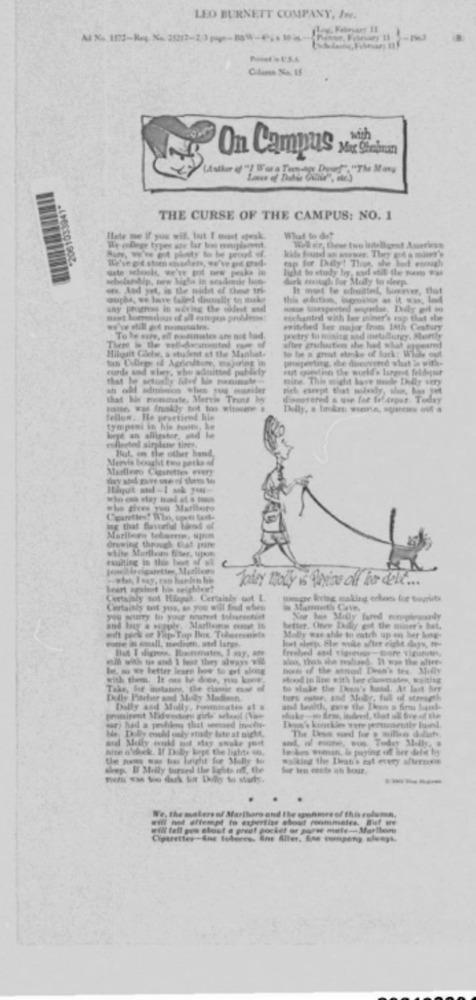
LEO BURNETT COMPANY, IN.
with
Mar Shmalman
On Campus
THE CURSE OF THE CAMPUS: NO. 1
Hate me if you wil. but I maet spesk
What to do?
We ebeer types ate lar too emniplacent.
Muy, we'w pit platy to be proud sf.
kide found an sower. They got s miner's
tap for Daily! Thus, she had enough
like to study by, sod stil the nom Py
durk mnouch for Molly to sleep.
en. And yet, is the nidit of these tri-
It met te edmittel, however, flat
wupha, we love faled dinsalir to make
any progress in wiring the oldest sud
etchantre with bee giner's rap that .l
switched ler major fries Ioth Century
To be sury, off roommates ate not bad.
poetry to mining and metallurgy. Fordy
Hilquit Canbe, a student at the Manhat-
after grulustins she had schat appeared
tas College of Agriculture, majoring in
to be a great stroke of luck; Wille out
rundde and wley, whe admitted poblaty
prispeting, che dieuvend shut le with-
Huit guestin the workd . langnit feldegut
Bite. This might have made Ibily very
that his momchate, Mervis Trans by
hanse, was frakly tot too wissen &
fellow. He proctired his
tympeni in his toots,
here an allinter, und he
sted airplane tines.
But. on the other hand,
Mervis bought two parka of
Marlboro Cigarettes every
who gives you Marilete
lg that flavorful toend of
Growing through that pine
Marilicen tebaren, upon
white Murlloro Eiser, upon
tualting in the best of al
Beart against bois selphie?
Certainly not Hingst. Certainly not L.
tomgre Ivhg making erloss for tourists
Certainty mot you, as you will find when
Xor hos Moly tured nipplegonly
better. Chner Dollor got the miiner . hat,
votre in small, medium, sedl large
Moby was able to estch up en ber long-
Jont alpepe Ele mule aller eight days, tre
Blit I diges. Roommates, I my, en
freshed and tigreut -tore Vigibt,
be, so we better learn how to get along
with them. It ons iv der, no kace.
Hood in line with ber choumates, wanting
to alake the Deun's hand. At last her
Dolly Pitcher and Muly Modieen
ture eter, and Mudr, ful of strength
Dolly and Molly, Fontmates at
shake-1) firms, indeed, that ul Sive of the
sat) had a peuhim that seemed ityodi-
be Dolly enhel only study bite at sight,
hite o'duck. If Dhaby kege the lights st.
Inches wien, is paying of ber dehet by
te pones sue tie bright for Stally to
walking the Dean's est every afiereone
-----
.
.
will not attempt to expertise etouf renmimeles. But we
We, the makers of Maritars and the sphere of this column,
will tell gow etout a great pocket or porse mete- Sarllem